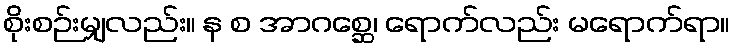
စိုးစဉ်းမျှလည်း။ န စ အာဂစ္ဆေ၊ ရောက်လည်း မရောက်ရာ။